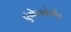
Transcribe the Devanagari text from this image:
एंगेलबेर्गेर